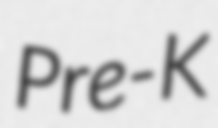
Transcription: Pre-K